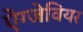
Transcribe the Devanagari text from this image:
ऐग्जेवियर